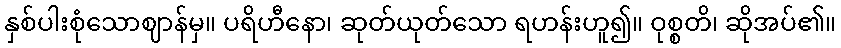
နှစ်ပါးစုံသောဈာန်မှ။ ပရိဟီနော၊ ဆုတ်ယုတ်သော ရဟန်းဟူ၍။ ဝုစ္စတိ၊ ဆိုအပ်၏။